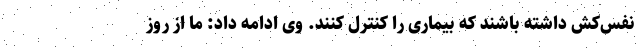
نفس‌کش داشته باشند که بیماری را کنترل کنند. وی ادامه داد: ما از روز